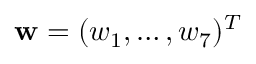
\mathbf { w } = ( w _ { 1 } , \hdots , w _ { 7 } ) ^ { T }